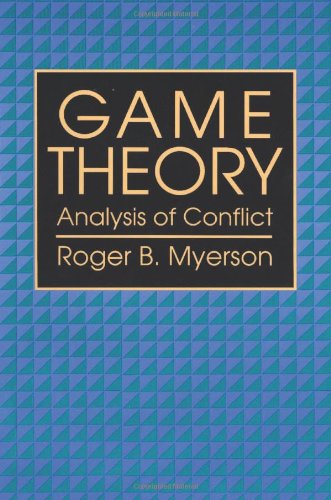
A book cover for Game Theory: Analysis of Conflict; Roger B. Myerson; Science & Math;